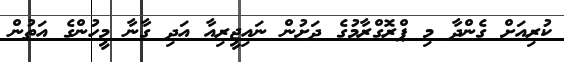
ކުރިއަށް ގެންދާ މި ޕްރޮގްރާމުގެ ދަށުން ނައިޖީރިއާ އަދި ގާނާ މީހުންގެ އަތުން